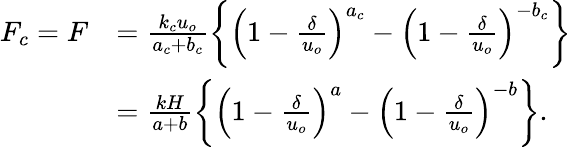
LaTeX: \begin{array}{rl}{F_{c}=F}&{=\frac{k_{c}u_{o}}{a_{c}+b_{c}}\left\{ \left(1-\frac{\delta}{u_{o}}\right)^{a_{c}}-\left(1-\frac{\delta}{u_{o}}\right)^{-b_{c}}\right\} }\\ &{=\frac{kH}{a+b}\left\{ \left(1-\frac{\delta}{u_{o}}\right)^{a}-\left(1-\frac{\delta}{u_{o}}\right)^{-b}\right\} .}\end{array}